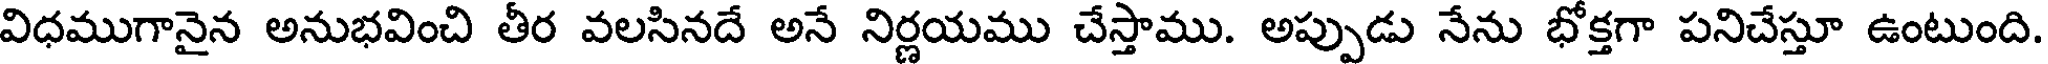
విధముగానైన అనుభవించి తీర వలసినదే అనే నిర్ణయము చేస్తాము. అప్పుడు నేను భోక్తగా పనిచేస్తూ ఉంటుంది